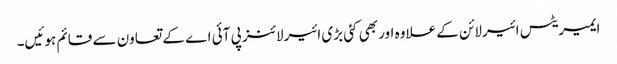
ایمیریٹس ائیرلائن کے علاوہ اور بھی کئی بڑی ائیرلائنز پی آئی اے کے تعاون سے قائم ہوئیں۔